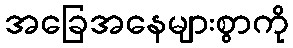
အခြေအနေများစွာကို